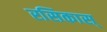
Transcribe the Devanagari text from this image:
रसिकास्